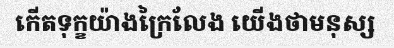
កើតទុក្ខយ៉ាងក្រៃលែង យើងថាមនុស្ស